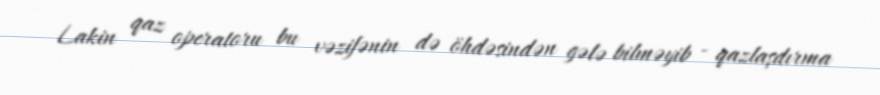
Lakin qaz operatoru bu vəzifənin də öhdəsindən gələ bilməyib - qazlaşdırma